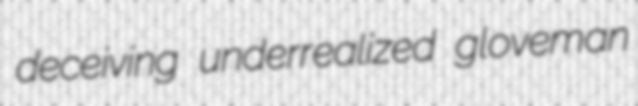
deceiving underrealized gloveman